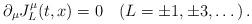
LaTeX: \begin{align*}\partial_{\mu}J_{L}^{\mu}(t,x)=0\quad(L=\pm1,\pm3,\dots)\,.\end{align*}